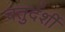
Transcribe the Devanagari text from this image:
चतुर्दर्शी